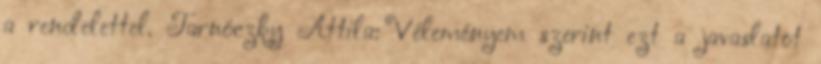
a rendelettel. Tarnóczky Attila: Véleményem szerint ezt a javaslatot